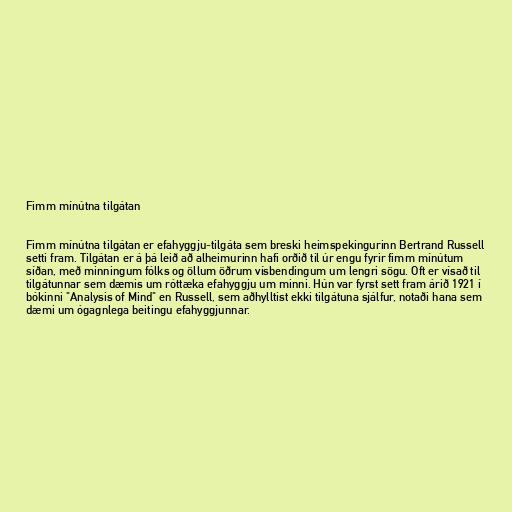
Fimm mínútna tilgátan

Fimm mínútna tilgátan er efahyggju-tilgáta sem breski heimspekingurinn Bertrand Russell
setti fram. Tilgátan er á þá leið að alheimurinn hafi orðið til úr engu fyrir fimm mínútum
síðan, með minningum fólks og öllum öðrum vísbendingum um lengri sögu. Oft er vísað til
tilgátunnar sem dæmis um róttæka efahyggju um minni. Hún var fyrst sett fram árið 1921 í
bókinni "Analysis of Mind" en Russell, sem aðhylltist ekki tilgátuna sjálfur, notaði hana sem
dæmi um ógagnlega beitingu efahyggjunnar.